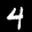
Label: 4